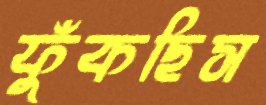
ফুঁকছিস